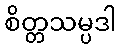
စိတ္တသမ္ပဒါ